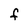
Character: F